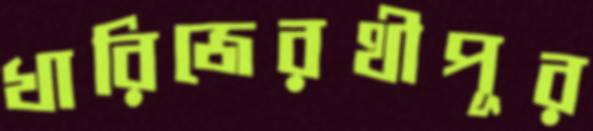
খারিজেরথীপূর